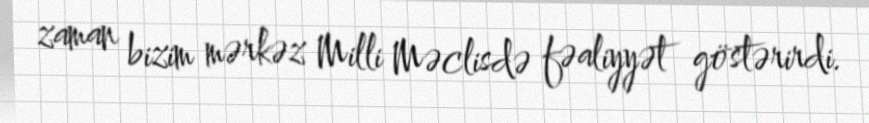
zaman bizim mərkəz Milli Məclisdə fəaliyyət göstərirdi.